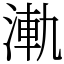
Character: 𣷾